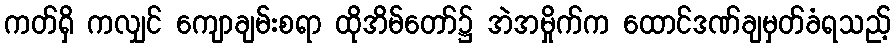
ကတ်ရှိ ကလျှင် ကျောချမ်းစရာ ထိုအိမ်တော်၌ အဲအမှိုက်က ထောင်ဒဏ်ချမှတ်ခံရသည့်